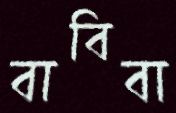
বাবিবা